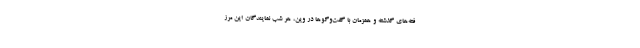
فته‌های گذشته و همزمان با گفت‌وگوها در وین، هر شب نمایندگان این مرز